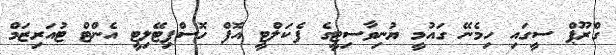
ގްރޫޕް ސީގައި ހިމެނޭ ގައުމީ ޔުނިވާސިޓީގެ ފެކަލްޓީ އޮފް ހޮސްޕިޓޭލިޓީ އެންޓް ޓުއަރިޒަމް